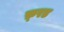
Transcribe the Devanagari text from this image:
फ़्रड